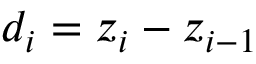
d _ { i } = z _ { i } - z _ { i - 1 }